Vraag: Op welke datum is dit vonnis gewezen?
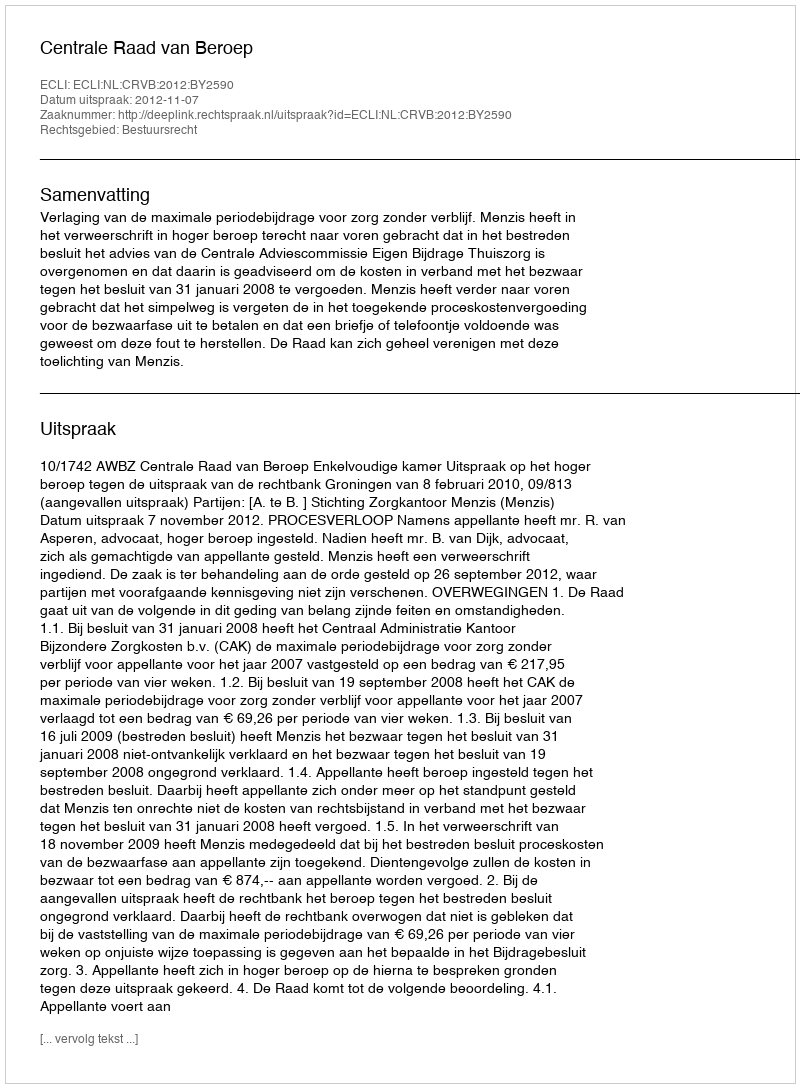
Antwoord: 2012-11-07